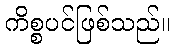
ကိစ္စပင်ဖြစ်သည်။